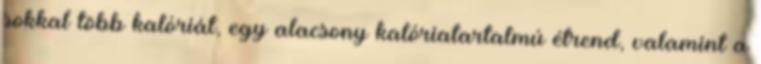
sokkal több kalóriát, egy alacsony kalóriatartalmú étrend, valamint a